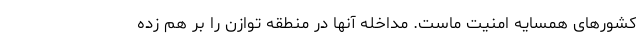
کشورهای همسایه امنیت ماست. مداخله آنها در منطقه توازن را بر هم زده